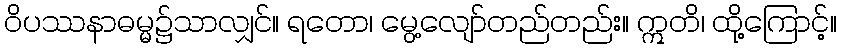
ဝိပဿနာဓမ္မ၌သာလျှင်။ ရတော၊ မွေ့လျော်တည်တည်း။ ဣတိ၊ ထို့ကြောင့်။